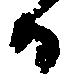
而